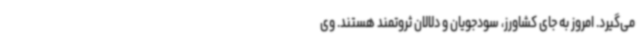
می‌گیرد. امروز به جای کشاورز، سودجویان و دلالان ثروتمند هستند. وی